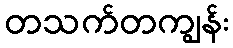
တသက်တကျွန်း